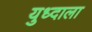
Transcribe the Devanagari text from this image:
युध्दाला